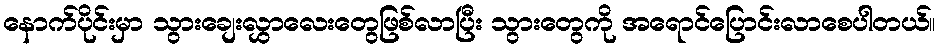
နောက်ပိုင်းမှာ သွားချေးလွှာလေးတွေဖြစ်လာပြီး သွားတွေကို အရောင်ပြောင်းလာစေပါတယ်။